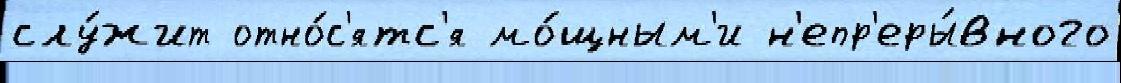
слу́жит отно́с'ятс'я мо́щным'и н'епр'еры́вного